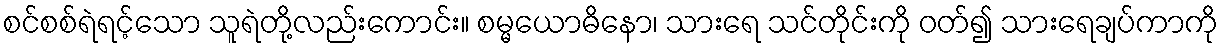
စင်စစ်ရဲရင့်သော သူရဲတို့လည်းကောင်း။ စမ္မယောဓိနော၊ သားရေ သင်တိုင်းကို ဝတ်၍ သားရေချပ်ကာကို